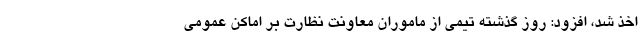
اخذ شد، افزود: روز گذشته تیمی از ماموران معاونت نظارت بر اماکن عمومی